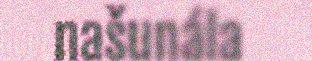
našunála